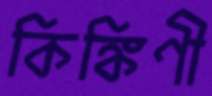
কিঙ্কিণী